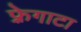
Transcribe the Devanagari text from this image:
फ़्रेगाटा